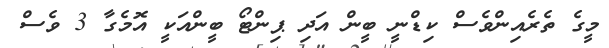
މީގެ ތެރެއިންވެސް ކިޑްނީ ބީން އަދި ޕިންޓޯ ބީންއަކީ އޮމެގާ 3 ވެސް